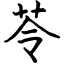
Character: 苓